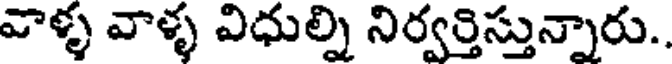
వాళ్ళ వాళ్ళ విధుల్ని నిర్వర్తిస్తున్నారు..